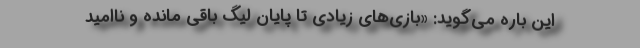
این باره می‌گوید: «بازی‌های زیادی تا پایان لیگ باقی مانده و ناامید